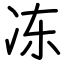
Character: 冻